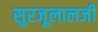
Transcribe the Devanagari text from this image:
सुरजूलालजी